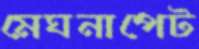
মেঘনাপেট